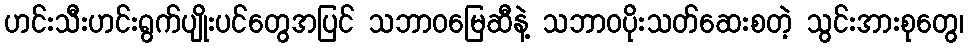
ဟင်းသီးဟင်းရွက်ပျိုးပင်တွေအပြင် သဘာဝမြေဆီနဲ့ သဘာဝပိုးသတ်ဆေးစတဲ့ သွင်းအားစုတွေ၊